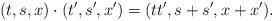
LaTeX: \begin{align*} (t,s,x)\cdot(t',s',x') = (t t',s+s',x+x').\end{align*}